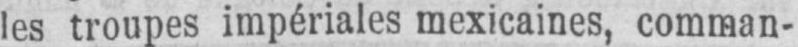
les troupes impériales mexicaines, comman-